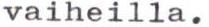
vaiheilla.